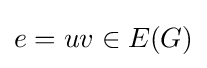
e=uv\in E(G)